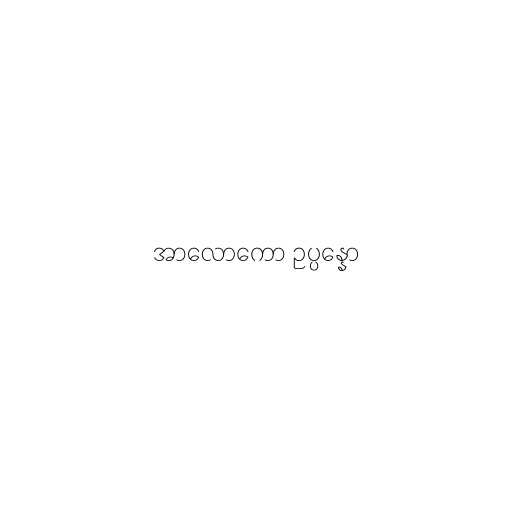
အာလောကော ဥပ္ပန္နော